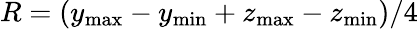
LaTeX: R=(y_{\operatorname*{max}}-y_{\operatorname*{min}}+z_{\operatorname*{max}}-z_{\operatorname*{min}})/4